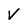
Character: V